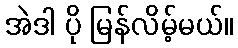
အဲဒါ ပို မြန်လိမ့်မယ်။